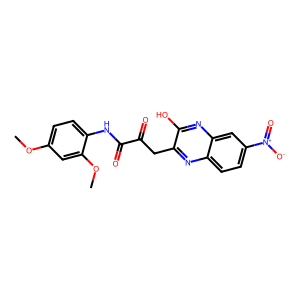
SMILES: COc1ccc(NC(=O)C(=O)Cc2nc3ccc([N+](=O)[O-])cc3nc2O)c(OC)c1
Inhibits HIV replication: No